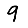
Digit: 9